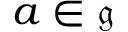
a \in { \mathfrak { g } }